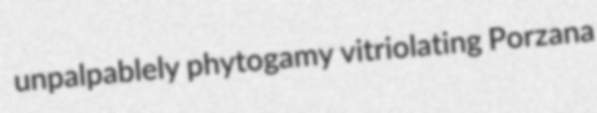
unpalpablely phytogamy vitriolating Porzana